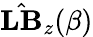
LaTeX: \hat{\mathbf{LB}}_{z}(\beta)